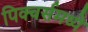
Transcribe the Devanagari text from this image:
पिक्‍चर्समध्ये